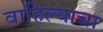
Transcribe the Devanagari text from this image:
वाहिल्याचा